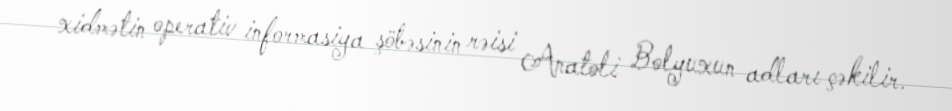
xidmətin operativ informasiya şöbəsinin rəisi Anatoli Bolyuxun adları çəkilir.